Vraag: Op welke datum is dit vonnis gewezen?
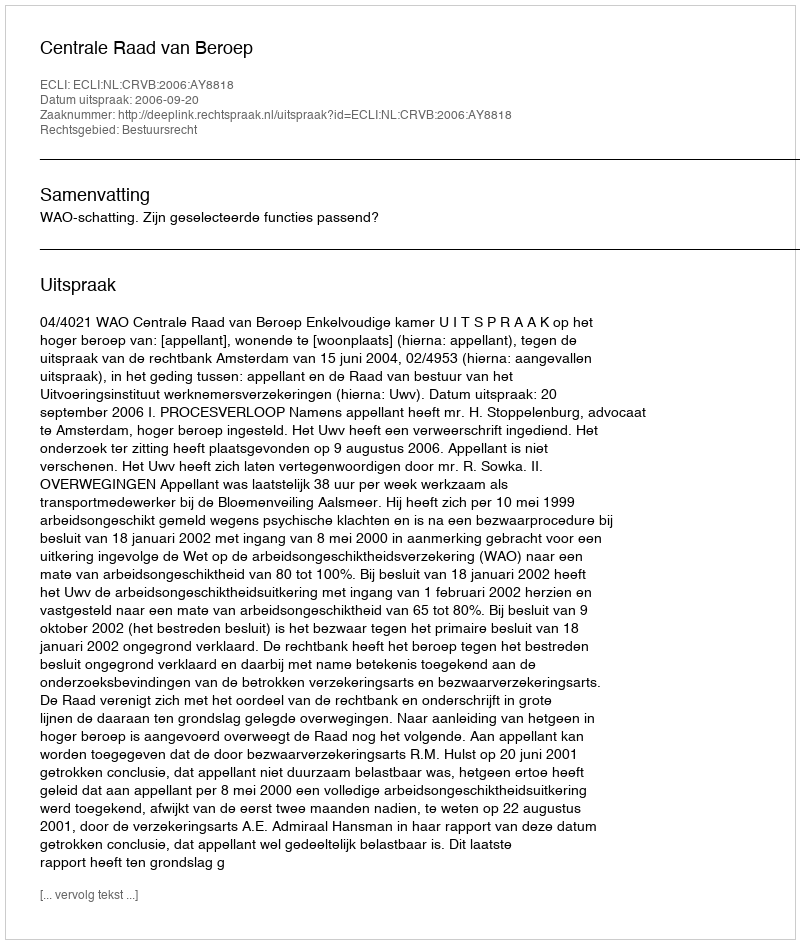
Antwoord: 2006-09-20